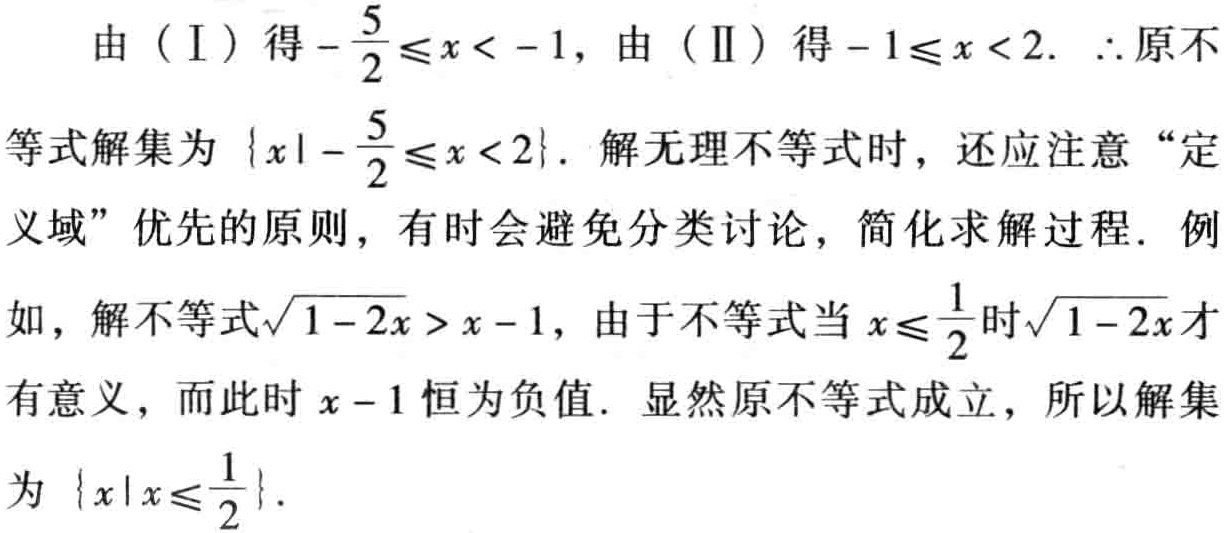
由（I）得\(-\frac{5}{2}\leq x < -1\)，由（II）得\(-1\leq x < 2\). \(\therefore\)原不等式解集为\(\{x|-\frac{5}{2}\leq x < 2\}\). 解无理不等式时，还应注意“定义域”优先的原则，有时会避免分类讨论，简化求解过程. 例如，解不等式\(\sqrt{1 - 2x} > x - 1\)，由于不等式当\(x\leq\frac{1}{2}\)时\(\sqrt{1 - 2x}\)才有意义，而此时\(x - 1\)恒为负值. 显然原不等式成立，所以解集为\(\{x|x\leq\frac{1}{2}\}\).